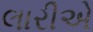
લારીએ